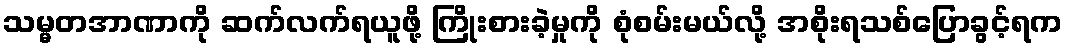
သမ္မတအာဏာကို ဆက်လက်ရယူဖို့ ကြိုးစားခဲ့မှုကို စုံစမ်းမယ်လို့ အစိုးရသစ်ပြောခွင့်ရက